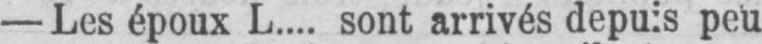
peu